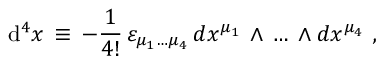
\mathrm { d } ^ { 4 } x \, \equiv \, - { \frac { 1 } { 4 ! } } \, \varepsilon _ { \mu _ { 1 } \dots \mu _ { 4 } } \, d x ^ { \mu _ { 1 } } \, \wedge \, \dots \, \wedge d x ^ { \mu _ { 4 } } \ ,